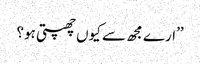
’’ارے مجھ سے کیوں چھپتی ہو؟